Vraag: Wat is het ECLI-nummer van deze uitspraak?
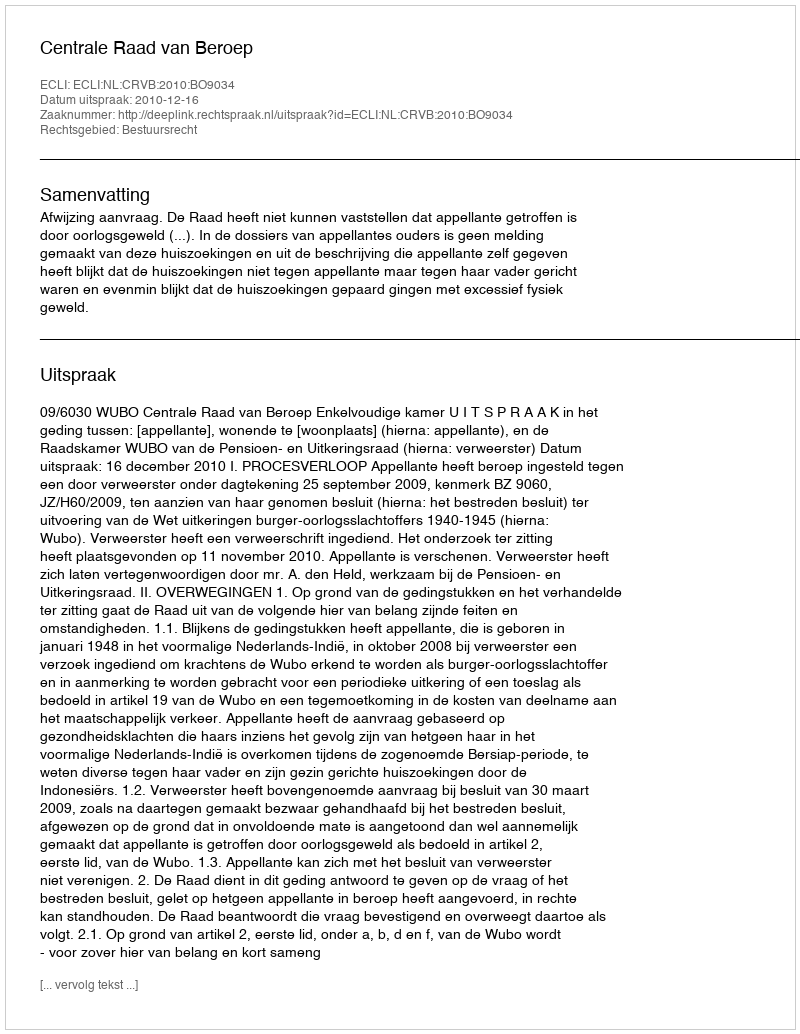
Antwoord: ECLI:NL:CRVB:2010:BO9034